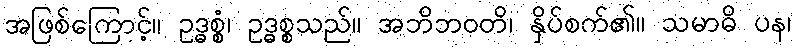
အဖြစ်ကြောင့်။ ဥဒ္ဓစ္စံ၊ ဥဒ္ဓစ္စသည်။ အဘိဘဝတိ၊ နှိပ်စက်၏။ သမာဓိ ပန၊